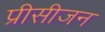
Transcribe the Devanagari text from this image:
प्रीसीजन